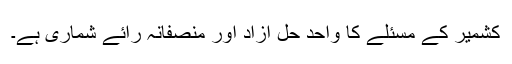
کشمیر کے مسئلے کا واحد حل آزاد اور منصفانہ رائے شماری ہے۔